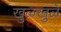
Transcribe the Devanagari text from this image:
खुळखुळे